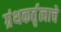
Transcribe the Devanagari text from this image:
ग्रंथकर्तृत्वाचे